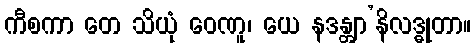
ကီစကာ တေ သိယုံ ဝေဏူ၊ ယေ နဒန္တျာ’နိလဒ္ဓုတာ။